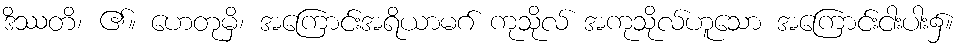
ဒိဿတိ၊ ၏။ ဟေတုမှိ၊ အကြောင်းအရိယာမဂ် ကုသိုလ် အကုသိုလ်ဟူသော အကြောင်းငါးပါး၌။